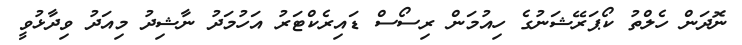
ނޮދަން ހެލްތު ކޯޕަރޭޝަނުގެ ހިއުމަން ރިސޯސް ޑައިރެކްޓަރު އަހުމަދު ނާޝިދު މިއަދު ވިދާޅުވީ